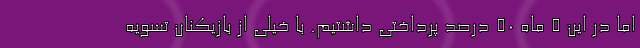
اما در این 5 ماه 50 درصد پرداختی داشتیم. با خیلی از بازیکنان تسویه